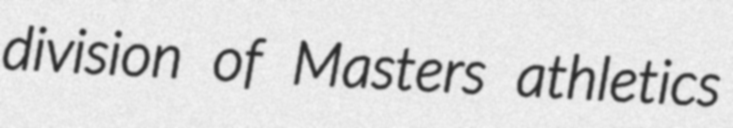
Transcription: division of Masters athletics